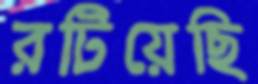
রটিয়েছি